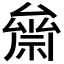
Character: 𥚪